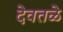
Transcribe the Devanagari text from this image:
देवतळे